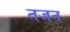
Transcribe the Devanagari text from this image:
तजन